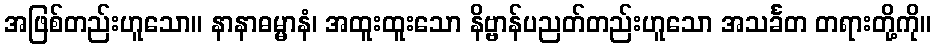
အဖြစ်တည်းဟူသော။ နာနာဓမ္မာနံ၊ အထူးထူးသော နိဗ္ဗာန်ပညတ်တည်းဟူသော အသင်္ခတ တရားတို့ကို။